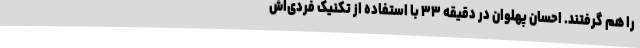
را هم گرفتند. احسان پهلوان در دقیقه ۳۳ با استفاده از تکنیک فردی‌اش